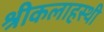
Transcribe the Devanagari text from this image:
श्रीकलाहस्थी